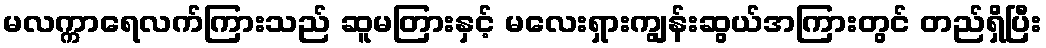
မလက္ကာရေလက်ကြားသည် ဆူမတြားနှင့် မလေးရှားကျွန်းဆွယ်အကြားတွင် တည်ရှိပြီး